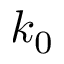
k _ { 0 }